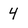
Character: 4